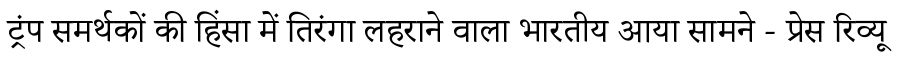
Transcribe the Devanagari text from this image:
ट्रंप समर्थकों की हिंसा में तिरंगा लहराने वाला भारतीय आया सामने - प्रेस रिव्यू